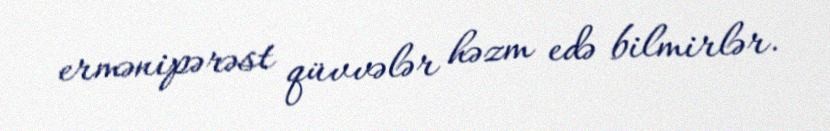
ermənipərəst qüvvələr həzm edə bilmirlər.